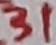
Text: 31